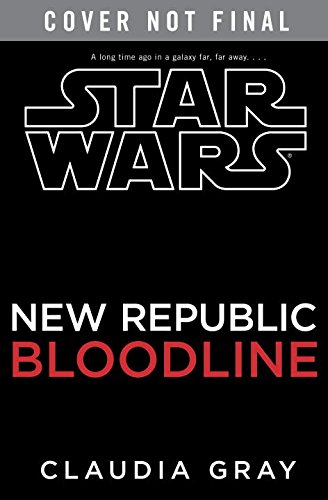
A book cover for Bloodline: New Republic (Star Wars); Claudia Gray; Science Fiction & Fantasy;